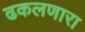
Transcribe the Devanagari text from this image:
ढकलणारा